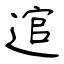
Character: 逭